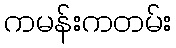
ကမန်းကတမ်း